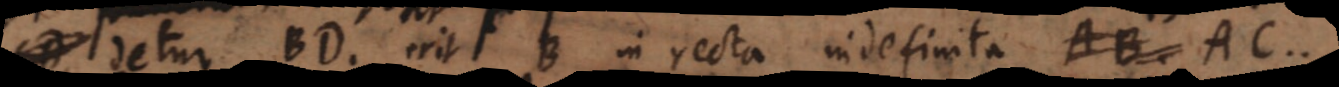
detur BD, erit B in recta indefinita AB. AC.